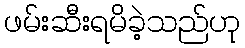
ဖမ်းဆီးရမိခဲ့သည်ဟု